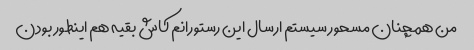
من همچنان مسحور سیستم ارسال این رستورانم کاش بقیه هم اینطور بودن